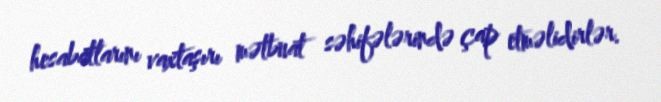
hesabatlarını vaxtaşırı mətbuat səhifələrində çap etməlidirlər.